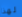
لهذا